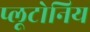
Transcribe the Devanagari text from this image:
प्लूटोनिय